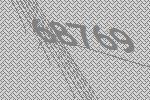
68769